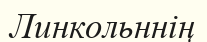
Линкольннің